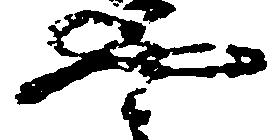
や